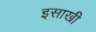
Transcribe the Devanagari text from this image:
इसाखी